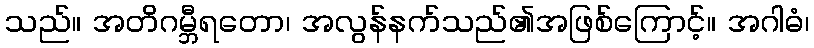
သည်။ အတိဂမ္ဘီရတော၊ အလွန်နက်သည်၏အဖြစ်ကြောင့်။ အဂါဓံ၊